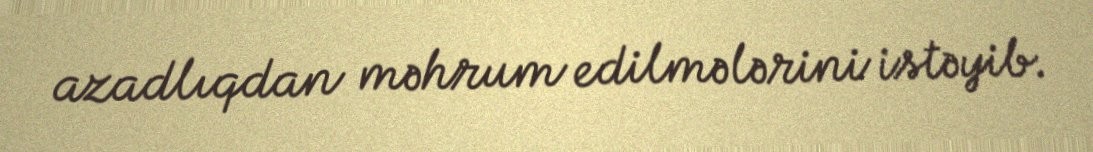
azadlıqdan məhrum edilmələrini istəyib.